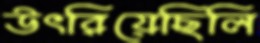
উৎরিয়েছিলি